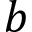
b